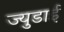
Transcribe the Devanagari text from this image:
ज्युडाई